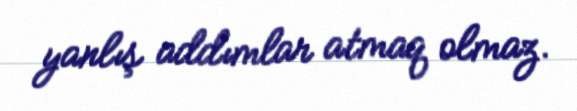
yanlış addımlar atmaq olmaz.